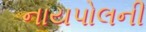
નાયપોલની